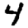
Digit: 4